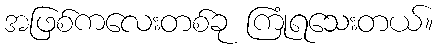
အဖြစ်ကလေးတစ်ခု ကြုံရသေးတယ်။